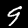
Digit: 9